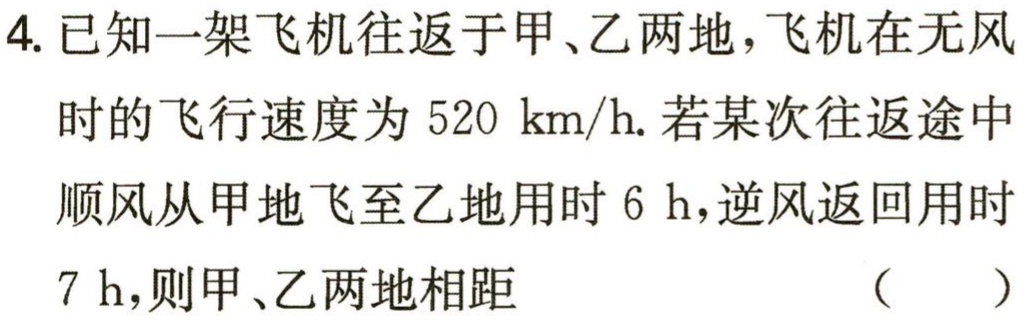
4. 已知一架飞机往返于甲、乙两地，飞机在无风时的飞行速度为 \(520\mathrm{\ km/h}\). 若某次往返途中顺风从甲地飞至乙地用时 \(6\mathrm{\ h}\), 逆风返回用时 \(7\mathrm{\ h}\), 则甲、乙两地相距 （  ）